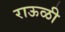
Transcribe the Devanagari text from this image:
राऊळी